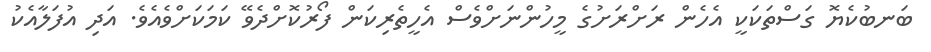
ބަނބުކެޔޮ ގަސްތަކަކީ އެހެން ރަށްރަށުގެ މީހުންނަށްވެސް އެހީތެރިކަން ފޯރުކޮށްދެވޭ ކަމަކަށްވެއެވެ. އަދި އުފަލާއެކު